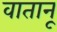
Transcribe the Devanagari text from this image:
वातानू